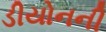
ડીયોનની